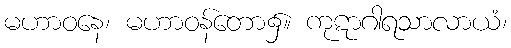
မဟာဝနေ၊ မဟာဝန်တော၌။ ကုဋာဂါရသာလာယံ၊